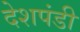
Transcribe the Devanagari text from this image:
देशपंडी